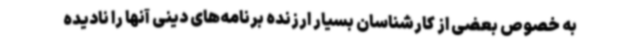
به خصوص بعضی از کارشناسان بسیار ارزنده برنامه‌های دینی آنها را نادیده